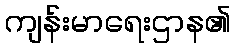
ကျန်းမာရေးဌာန၏